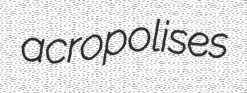
acropolises